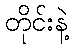
တိုင်းနဲ့